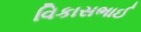
વિકાસભાઈ